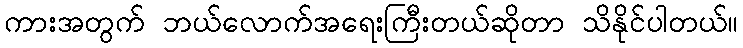
ကားအတွက် ဘယ်လောက်အရေးကြီးတယ်ဆိုတာ သိနိုင်ပါတယ်။